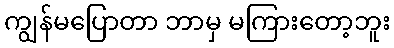
ကျွန်မပြောတာ ဘာမှ မကြားတော့ဘူး